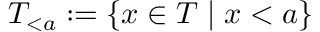
T _ { < a } : = \{ x \in T \mid x < a \}